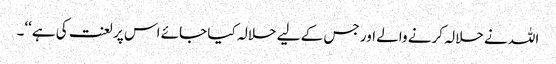
اللہ نے حلالہ کرنے والے اور جس کے لیے حلالہ کیا جائے اس پر لعنت کی ہے‘‘۔